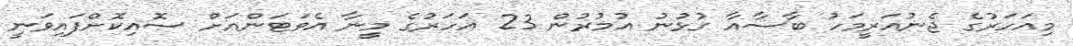
މިއަހަރުގެ ޖެނުއަރީމަހު ބާސާއާ ގުޅުނު އުމުރުން 23 އަހަރުގެ މީނާ އެވަޓަންއަށް ސޮއިކޮށްފައިވަނީ